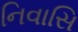
નિવાસિ